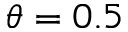
\theta = 0 . 5